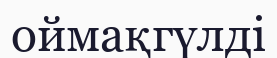
оймақгүлді